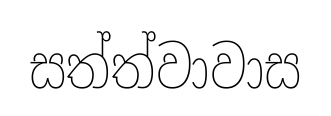
සත්ත්වාවාස